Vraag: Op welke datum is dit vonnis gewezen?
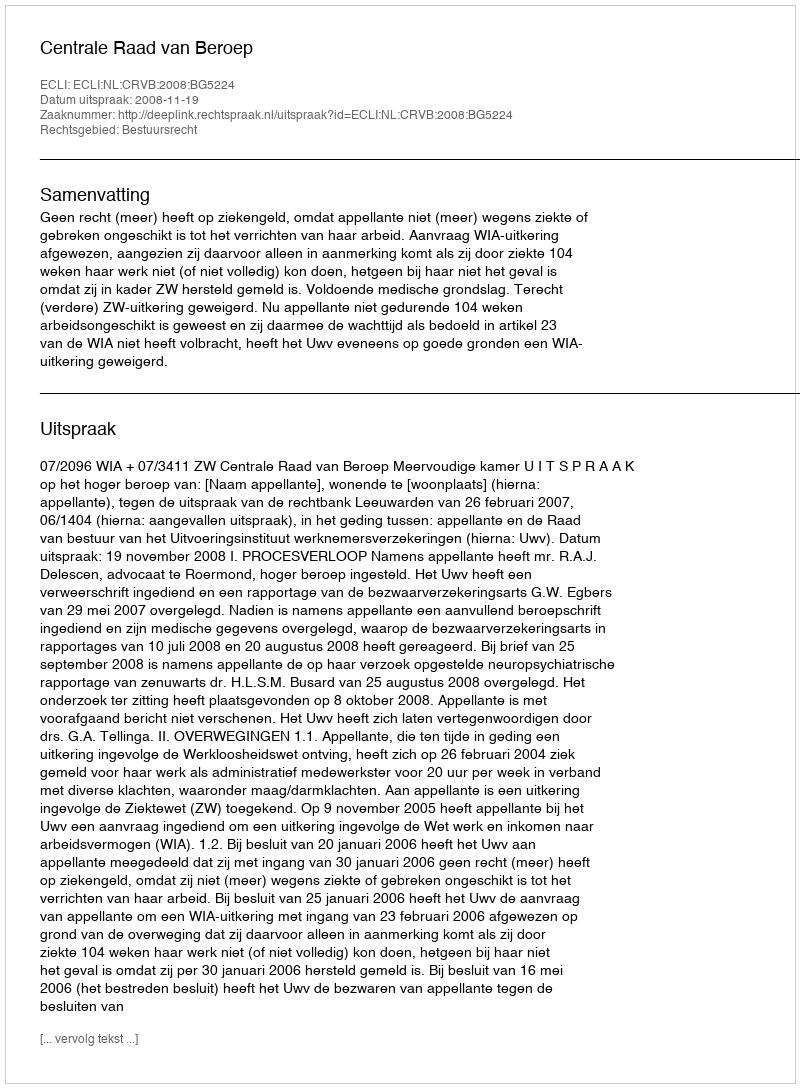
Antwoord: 2008-11-19